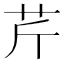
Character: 芹